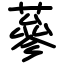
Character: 蔘